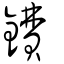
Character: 鐨